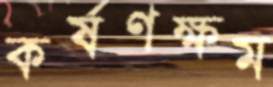
কর্ষণক্ষম